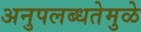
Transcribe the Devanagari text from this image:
अनुपलब्धतेमुळे